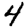
Digit: 4